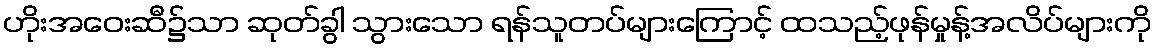
ဟိုးအဝေးဆီ၌သာ ဆုတ်ခွါ သွားသော ရန်သူတပ်များကြောင့် ထသည့်ဖုန်မှုန့်အလိပ်များကို